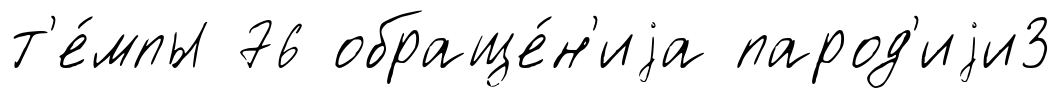
т'е́мпы 76 обраще́н'иjа парод'иjи3